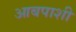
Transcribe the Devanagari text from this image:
आबपाशी